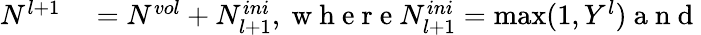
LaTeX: \begin{array}{rl}{N^{l+1}}&{{}=N^{vol}+N_{l+1}^{ini},\mathrm{~w~h~e~r~e~}N_{l+1}^{ini}=\operatorname*{max}(1,Y^{l})\mathrm{~a~n~d~}}\end{array}